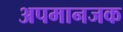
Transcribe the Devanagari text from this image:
अपमानजक